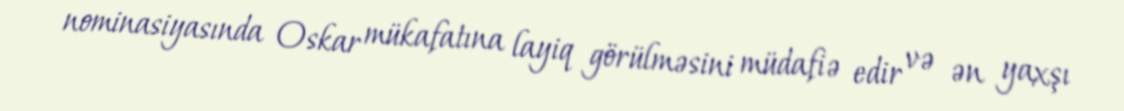
nominasiyasında Oskar mükafatına layiq görülməsini müdafiə edir və ən yaxşı